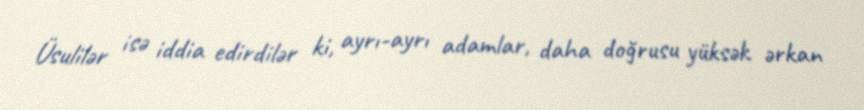
Üsulilər isə iddia edirdilər ki, ayrı-ayrı adamlar, daha doğrusu yüksək ərkan